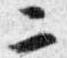
二